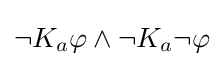
\neg K_{a}\varphi \land \neg K_{a}\neg \varphi